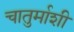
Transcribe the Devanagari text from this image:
चातुर्माशी